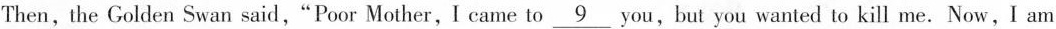
Then, the Golden Swan said,"Poor Mother,I came to \underline{9} you,but you wanted to kill me. Now,I am